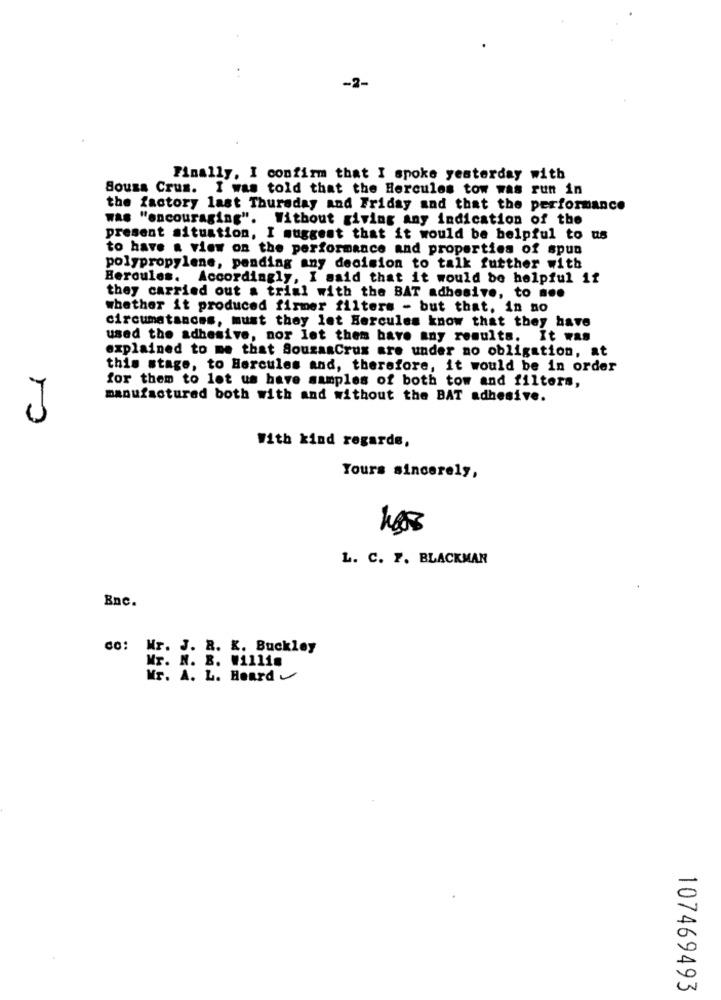
-2-
Finally, I confirm that I spoke yesterday with
Sousa Crus. I was told that the Hercules tow was run in
the factory last Thursday and Friday and that the performance
was "encouraging". Without giving any indication of the
present situation, I suggest that it would be helpful to us
to have a view on the performance and properties of spun
polypropylene, pending any decision to talk further with
Beroules. Accordingly, I said that it would be helpful if
they carried out a trial with the BAT adhesive, to ...
whether it produced firmer filters - but that, in no
circumstances, must they let Hercules know that they have
used the adhesive, nor let them have any results. It was
explained to me that SouzaaCrux are under no obligation, at
this stage, to Hercules and, therefore, it would be in order
for them to let us have samples of both tow and filters,
manufactured both with and without the BAT adhesive.
With kind regards,
Yours sincerely,
L. C. P. BLACKMAN
Enc.
co: Wr. J. R. K. Buckley
Mr. N. B. W11lin
Mr. A. L. Heard
107469493